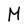
Character: M